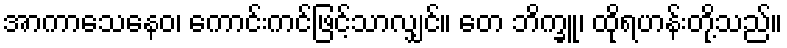
အာကာသေနေဝ၊ ကောင်းကင်ဖြင့်သာလျှင်။ တေ ဘိက္ခူ၊ ထိုရဟန်းတို့သည်။